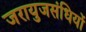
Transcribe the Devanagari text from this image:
जरायुजसंधियों